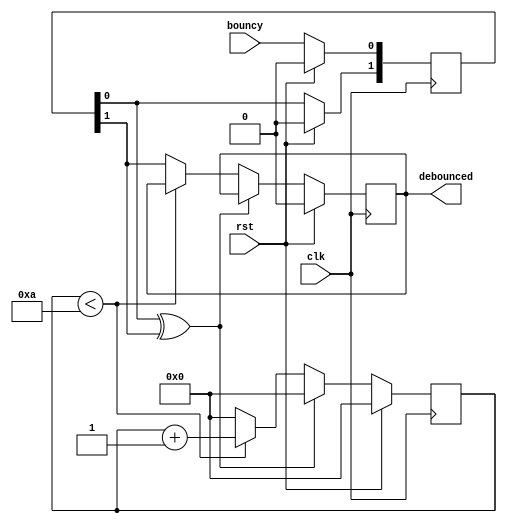
`default_nettype none

//based on http://www.eewiki.net/display/LOGIC/Debounce+Logic+Circuit+%28with+Verilog+example%29

module debouncer(clk, rst, bouncy, debounced);	
	parameter CYCLES      = 10;
	parameter RESET_VALUE = 1'b0;
	parameter COUNTER_WIDTH = 32;
	
	input wire clk, rst, bouncy;
	output reg debounced = RESET_VALUE;

	reg[COUNTER_WIDTH-1:0] counter = 0;
	
	//input shift register
	reg [1:0] shift_in = {2{RESET_VALUE}};	

	always @(posedge clk) begin
		if(rst) begin
			shift_in[0] <= RESET_VALUE;
			shift_in[1] <= RESET_VALUE;
			debounced <= RESET_VALUE;
			counter <= 0;
		end
		else begin
			shift_in[0] <= bouncy;
			shift_in[1] <= shift_in[0];
			
			if(shift_in[0] ^ shift_in[1]) begin
				counter <= 0;
			end
			else if( counter < CYCLES) begin
				counter <= counter + 1;
			end
			else begin
				debounced <= shift_in[1];
				counter <= 0;
			end
			
		end
	end
	
endmodule

`default_nettype wire